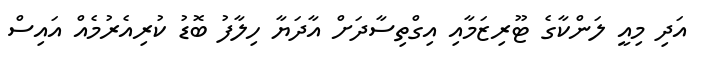
އަދި މިއީ ލަންކާގެ ޓޫރިޒަމާއި އިގްތިސާދަށް އާދަޔާ ހިލާފު ބޮޑު ކުރިއެރުމެއް އައިސް